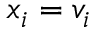
x _ { i } = v _ { i }